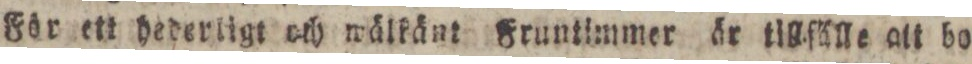
För ett hederligt och wälkänt Fruntimmer är tillſiſlle att bo